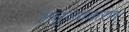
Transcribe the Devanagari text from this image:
लघुव्याकरण